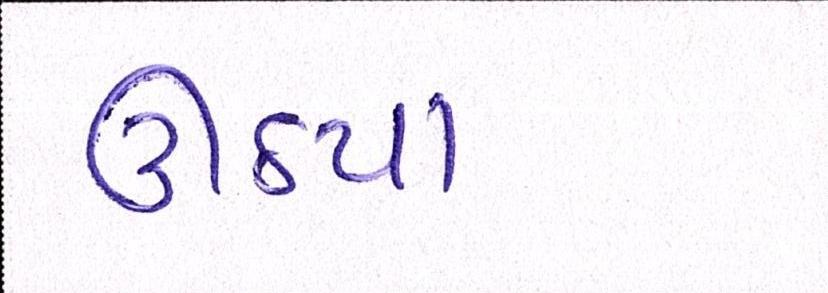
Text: ઊઠયા